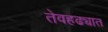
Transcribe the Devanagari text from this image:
तेवहढ्यात